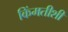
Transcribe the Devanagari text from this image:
किंमतीशी